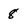
Character: 8